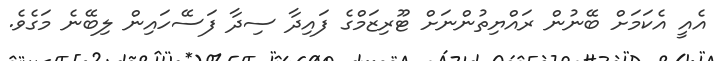
އެއީ އެކަމަށް ބޭނުން ރައްޔިތުންނަށް ޓޫރިޒަމްގެ ފައިދާ ސިދާ ފަސޭހައިން ލިބޭނެ މަގެވެ.